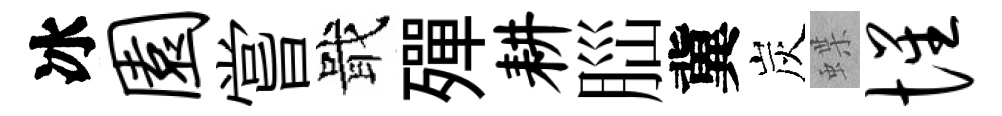
冰园嘗戢殫耕𦛁冀炭蝶惺